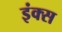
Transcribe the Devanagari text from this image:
इंक्स